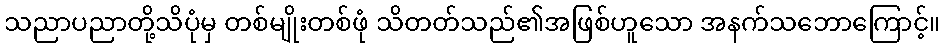
သညာပညာတို့သိပုံမှ တစ်မျိုးတစ်ဖုံ သိတတ်သည်၏အဖြစ်ဟူသော အနက်သဘောကြောင့်။